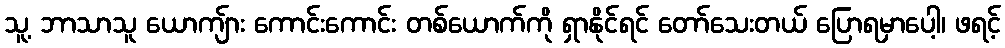
သူ့ ဘာသာသူ ယောကျ်ား ကောင်းကောင်း တစ်ယောက်ကို ရှာနိုင်ရင် တော်သေးတယ် ပြောရမှာပေါ့၊ ဖရင့်